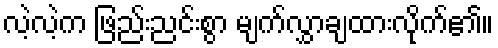
လဲ့လဲ့က ဖြည်းညင်းစွာ မျက်လွှာချထားလိုက်၏။